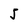
Character: 5